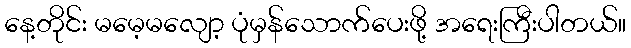
နေ့တိုင်း မမေ့မလျော့ ပုံမှန်သောက်ပေးဖို့ အရေးကြီးပါတယ်။